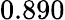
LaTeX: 0.890